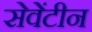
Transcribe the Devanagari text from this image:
सेवेंटीन